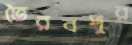
ভৈরবপুর